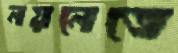
নয়নেতে